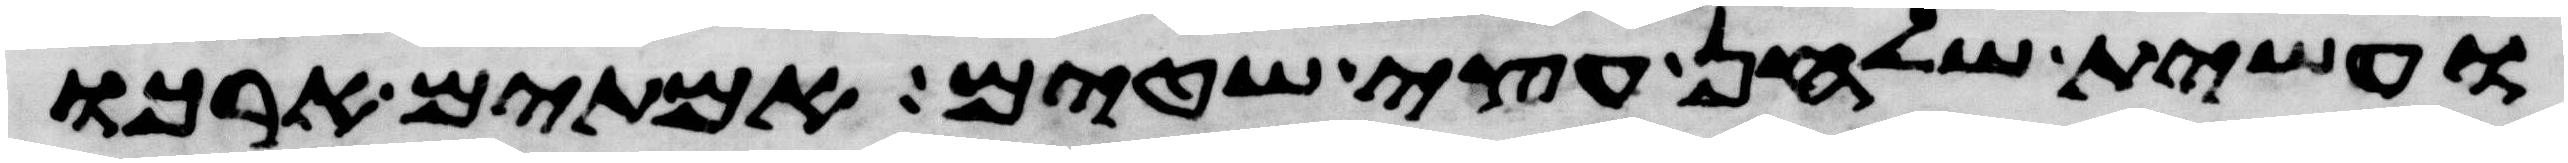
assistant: ועשית שלחן עצי שטים אמתים ארכו